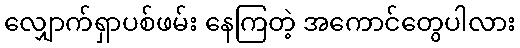
လျှောက်ရှာပစ်ဖမ်း နေကြတဲ့ အကောင်တွေပါလား